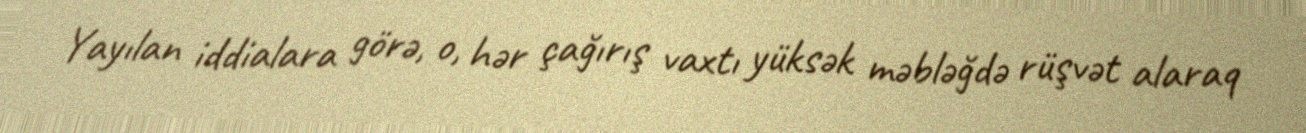
Yayılan iddialara görə, o, hər çağırış vaxtı yüksək məbləğdə rüşvət alaraq